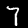
Digit: 7